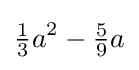
{\tfrac {1}{3}}a^{2}-{\tfrac {5}{9}}a